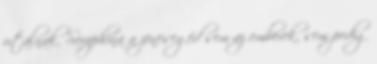
utalnak. Seraphina a zenesegéd sem az emberek, sem pedig